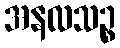
အနလသဉ္စ